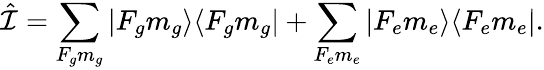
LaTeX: \hat{\mathcal{I}}=\sum_{F_{g}m_{g}}|F_{g}m_{g}\rangle\langle F_{g}m_{g}|+\sum_{F_{e}m_{e}}|F_{e}m_{e}\rangle\langle F_{e}m_{e}|.